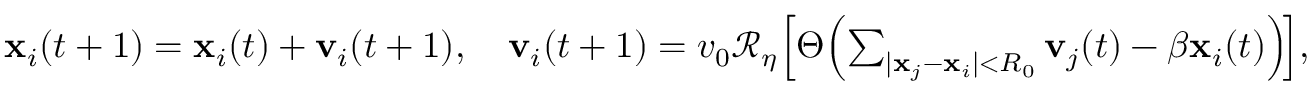
\begin{array} { r } { \mathbf { x } _ { i } ( t + 1 ) = \mathbf { x } _ { i } ( t ) + \mathbf { v } _ { i } ( t + 1 ) , \quad \mathbf { v } _ { i } ( t + 1 ) = v _ { 0 } \mathcal { R } _ { \eta } \! \left[ \Theta \! \left( \sum _ { | \mathbf { x } _ { j } - \mathbf { x } _ { i } | < R _ { 0 } } \mathbf { v } _ { j } ( t ) - \beta \mathbf { x } _ { i } ( t ) \right) \! \right] \! , } \end{array}